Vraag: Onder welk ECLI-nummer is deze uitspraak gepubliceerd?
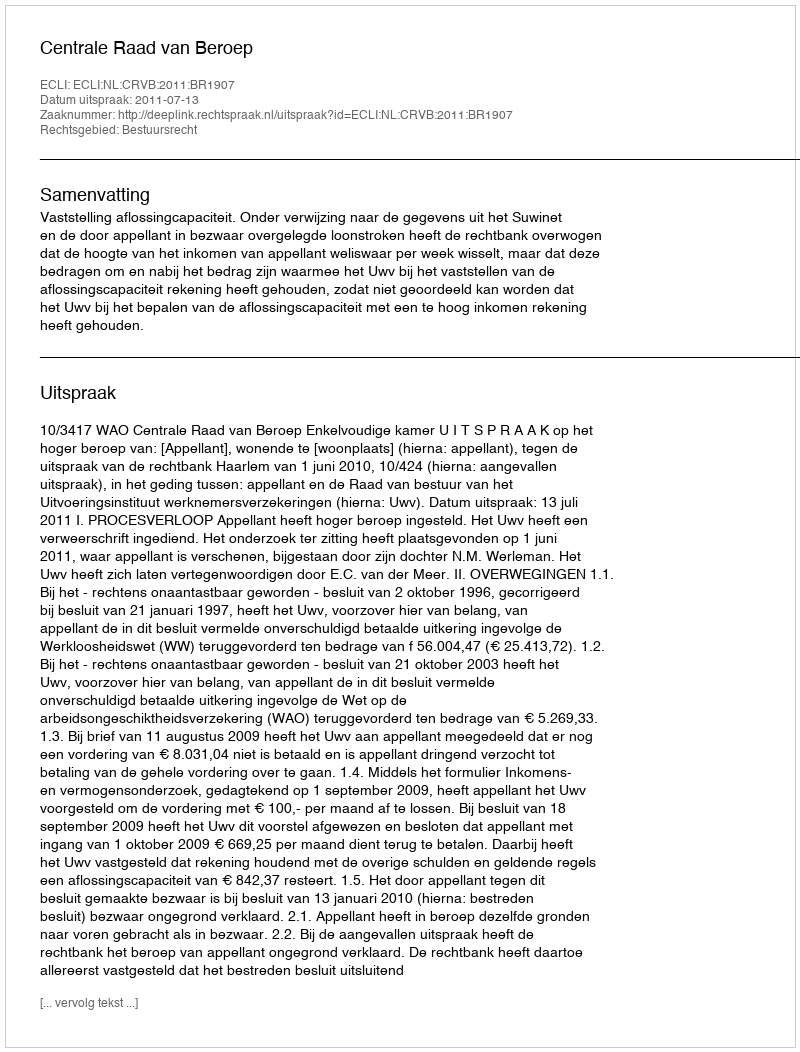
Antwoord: ECLI:NL:CRVB:2011:BR1907